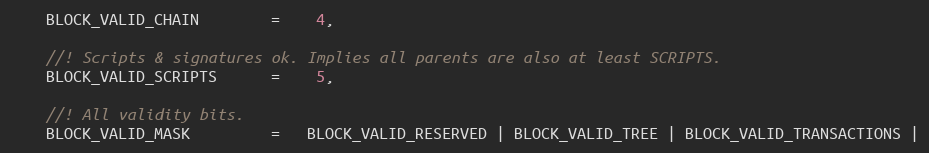
Language: C
    BLOCK_VALID_CHAIN        =    4,

    //! Scripts & signatures ok. Implies all parents are also at least SCRIPTS.
    BLOCK_VALID_SCRIPTS      =    5,

    //! All validity bits.
    BLOCK_VALID_MASK         =   BLOCK_VALID_RESERVED | BLOCK_VALID_TREE | BLOCK_VALID_TRANSACTIONS |